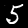
Digit: 5